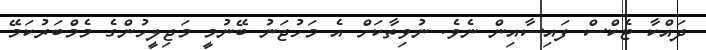
ދައްކާ ޓެކްސް ފައިސާއިން ނެވެ. ނުވިތާކަށް އެ މަހުޖަނު ބޭނުމީ މަޖިލީހުންގެ މެމްބަރުކަމޭ